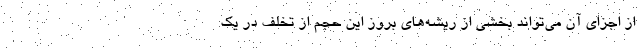
از اجزای آن می‌تواند بخشی از ریشه‌های بروز این حجم از تخلف در یک